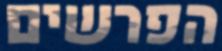
הפרשים